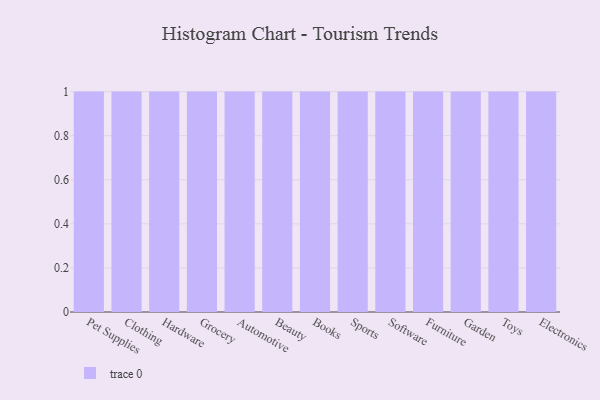
{"axis": {"x": "Category", "y": "Shipments"}, "legend": [""], "data": [{"x": "Pet Supplies", "y": 98, "type": ""}, {"x": "Clothing", "y": 19, "type": ""}, {"x": "Hardware", "y": 88, "type": ""}, {"x": "Grocery", "y": 31, "type": ""}, {"x": "Automotive", "y": 10, "type": ""}, {"x": "Beauty", "y": 27, "type": ""}, {"x": "Books", "y": 53, "type": ""}, {"x": "Sports", "y": 92, "type": ""}, {"x": "Software", "y": 30, "type": ""}, {"x": "Furniture", "y": 49, "type": ""}, {"x": "Garden", "y": 98, "type": ""}, {"x": "Toys", "y": 93, "type": ""}, {"x": "Electronics", "y": 95, "type": ""}]}